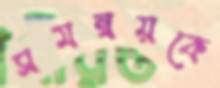
সমন্বয়কে